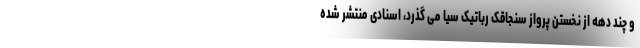
و چند دهه از نخستن پرواز سنجاقک رباتیک سیا می گذرد، اسنادی منتشر شده